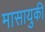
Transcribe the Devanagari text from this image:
मासायुकी